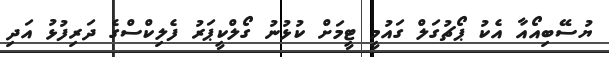
ޔުސޭބިއޯއާ އެކު ޕޯޗުގަލް ގައުމީ ޓީމަށް ކުޅުނު ގޯލްކީޕަރު ފެލިކްސްގެ ދަރިފުޅު އަދި